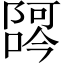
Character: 𫕖